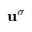
\mathbf { u } ^ { \sigma }